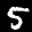
Label: 5